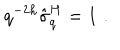
q ^ { - 2 h } \hat { \sigma } _ { q } ^ { H } = 1 \, \, .